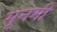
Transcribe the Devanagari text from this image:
सूनमी